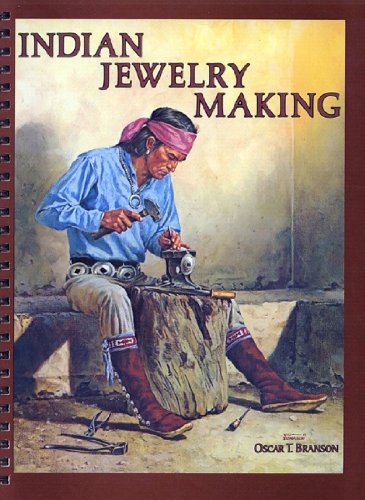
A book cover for Indian Jewelry Making; Oscar T. Branson; Crafts, Hobbies & Home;